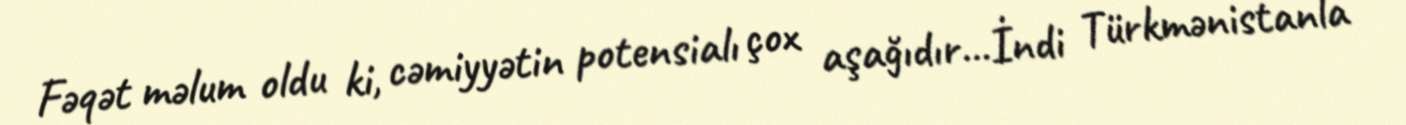
Fəqət məlum oldu ki, cəmiyyətin potensialı çox aşağıdır...İndi Türkmənistanla